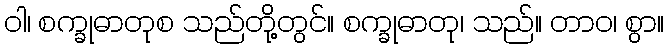
ဝါ၊ စက္ခုဓာတုစ သည်တို့တွင်။ စက္ခုဓာတု၊ သည်။ တာဝ၊ စွာ။